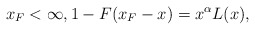
\begin{align*}x_{F}<\infty,1 - F(x_{F}-x) = x^{\alpha}L(x),\end{align*}